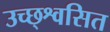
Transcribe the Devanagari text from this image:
उच्छ्श्वसित